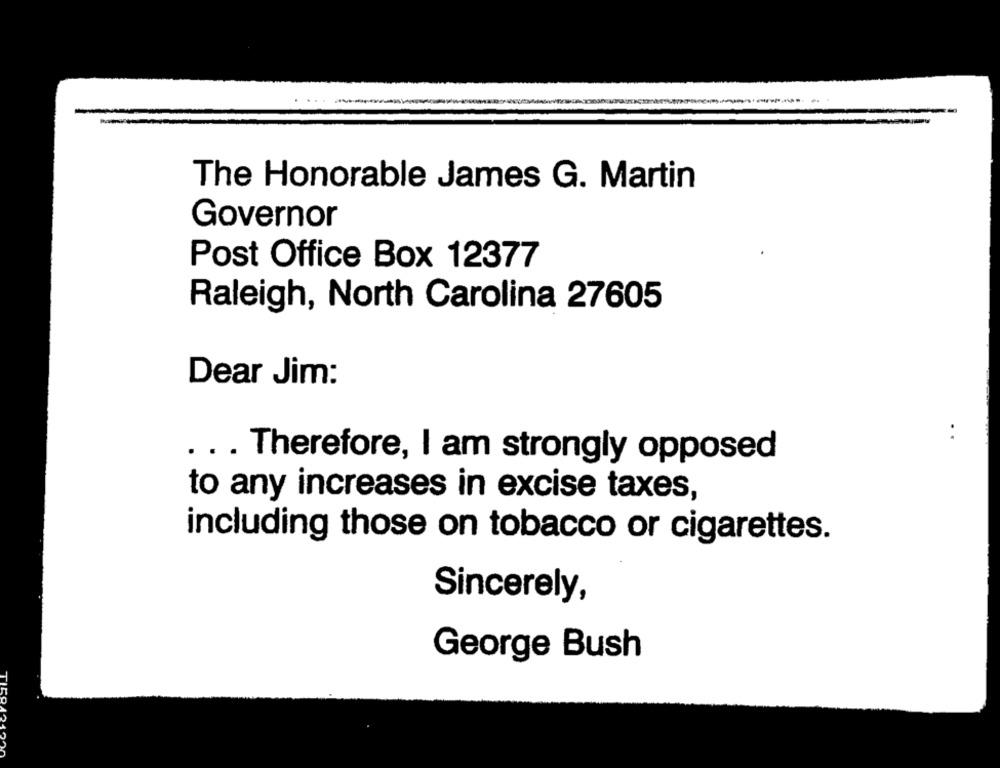
The Honorable James G. Martin
Governor
Post Office Box 12377
Raleigh, North Carolina 27605
Dear Jim:
. .
. .. Therefore, I am strongly opposed
to any increases in excise taxes,
including those on tobacco or cigarettes.
Sincerely,
George Bush
.